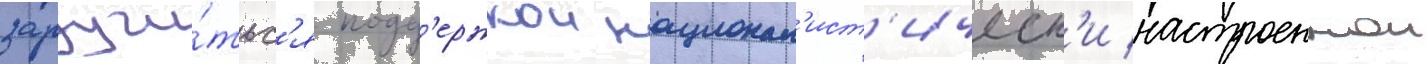
заручи́тьс'я подд'ержкои национал'ист'ическ'и настроеннои